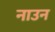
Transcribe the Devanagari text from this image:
नाउन